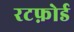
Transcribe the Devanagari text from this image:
रटफ़ोर्ड